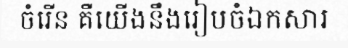
ចំរើន គឺយើងនឹងរៀបចំឯកសារ